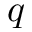
q